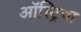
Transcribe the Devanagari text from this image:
ऑस्‍ट्रिया